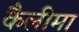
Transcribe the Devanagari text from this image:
कैलीमा